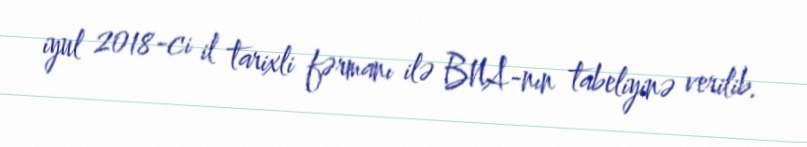
iyul 2018-ci il tarixli fərmanı ilə BNA-nın tabeliyinə verilib.